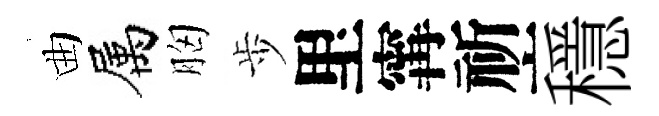
曲属胸歩里𡩋祈穩